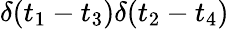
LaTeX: \delta(t_{1}-t_{3})\delta(t_{2}-t_{4})